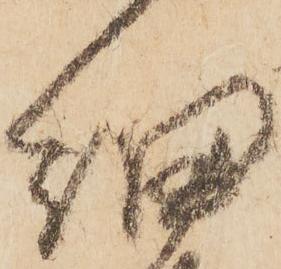
細